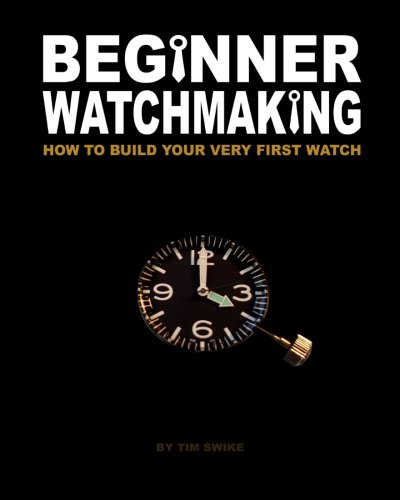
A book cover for Beginner Watchmaking: How to Build Your Very First Watch; Tim A Swike; Crafts, Hobbies & Home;